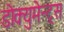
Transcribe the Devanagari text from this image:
डोक्युमेन्ट्स